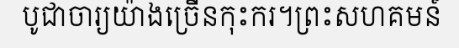
បូជាចារ្យយ៉ាងច្រើនកុះករ។ព្រះសហគមន៍